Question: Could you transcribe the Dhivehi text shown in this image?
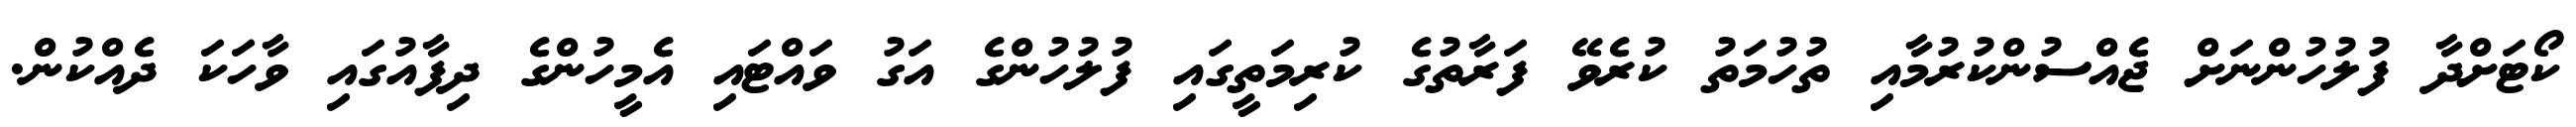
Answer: ކޯޓަށްދާ ފުލުހުންނަށް ޖެއްސުންކުރުމާއި ތުހުމަތު ކުރެވޭ ފަރާތުގެ ކުރިމަތީގައި ފުލުހުންގެ އަގު ވައްޓައި އެމީހުންގެ ދިފާއުގައި ވާހަކަ ދެއްކުން.